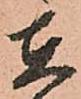
在